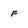
Character: f